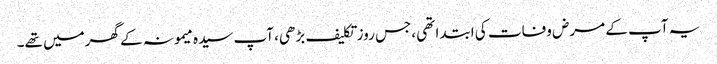
یہ آپ کے مرض وفات کی ابتدا تھی ،جس روز تکلیف بڑھی، آپ سیدہ میمونہ کے گھرمیں تھے۔